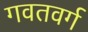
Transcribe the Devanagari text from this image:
गवतवर्ग